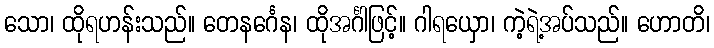
သော၊ ထိုရဟန်းသည်။ တေနင်္ဂေန၊ ထိုအင်္ဂါဖြင့်။ ဂါရယှော၊ ကဲ့ရဲ့အပ်သည်။ ဟောတိ၊